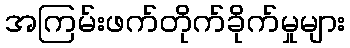
အကြမ်းဖက်တိုက်ခိုက်မှုများ